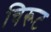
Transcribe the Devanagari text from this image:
चिरूट